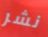
نشر